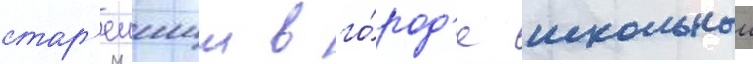
стар'еишии в го́род'е школьныи